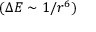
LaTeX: ( \Delta E \sim 1 / r ^ { 6 } )